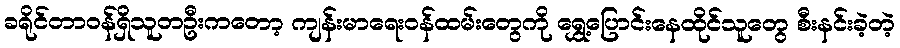
ခရိုင်တာဝန်ရှိသူတဦးကတော့ ကျန်းမာရေးဝန်ထမ်းတွေကို ရွှေ့ပြောင်းနေထိုင်သူတွေ စီးနင်းခဲ့တဲ့